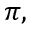
\pi ,